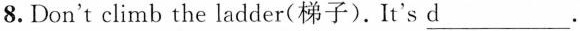
8.Don't climb the ladder(梯子). It's d___.